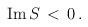
LaTeX: \begin{align*}\mbox{Im} \, S \, < \, 0\,.\end{align*}